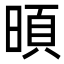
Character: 暊